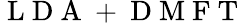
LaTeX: \mathrm{~L~D~A~+~D~M~F~T~}